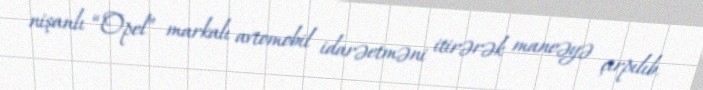
nişanlı “Opel” markalı avtomobil idarəetməni itirərək maneəyə çırpılıb.